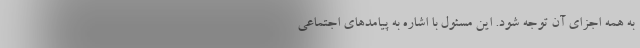
به همه اجزای آن توجه شود. این مسئول با اشاره به پیامدهای اجتماعی